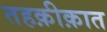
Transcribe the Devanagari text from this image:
तहक़ीक़ात